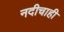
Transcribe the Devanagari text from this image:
नदीचाही